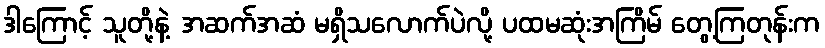
ဒါကြောင့် သူတို့နဲ့ အဆက်အဆံ မရှိသလောက်ပဲလို့ ပထမဆုံးအကြိမ် တွေ့ကြတုန်းက